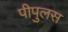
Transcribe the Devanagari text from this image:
पीपुलस